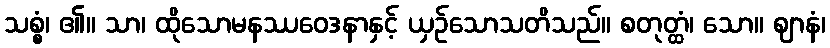
သစ္စံ၊ ၏။ သာ၊ ထိုသောမနဿဝေဒနာနှင့် ယှဉ်သောသတိသည်။ စတုတ္ထံ၊ သော။ ဈာနံ၊